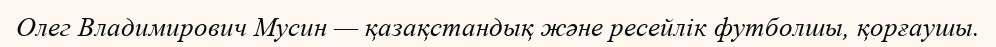
Олег Владимирович Мусин — қазақстандық және ресейлік футболшы, қорғаушы.